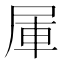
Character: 𰍹